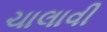
ચાલાવી